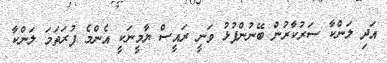
އަދި ލަންކާ ސަރުކާރުން ބޭނުންފުޅު ވަނީ ރައީސް ޔާމީނަކީ އެންމެ ފުރަތަމަ ލަންކާ